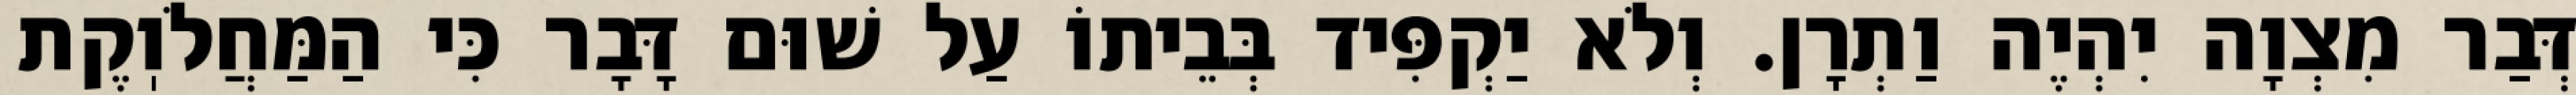
דְּבַר מִצְוָה יִהְיֶה וַתְרָן. וְלֹא יַקְפִּיד בְּבֵיתוֹ עַל שׁוּם דָּבָר כִּי הַמַּחֲלֹוֽקֶת